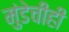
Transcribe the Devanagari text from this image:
मुंडेचीही